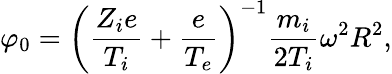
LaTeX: \varphi_{0}=\left(\frac{Z_{i}e}{T_{i}}+\frac{e}{T_{e}}\right)^{-1}\frac{m_{i}}{2T_{i}}\omega^{2}R^{2},